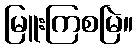
မြူးကြစမြဲ။